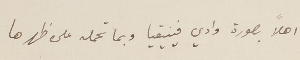
اهلاً بصورة وادي فينيقيا وبما تحمله على ظهرها